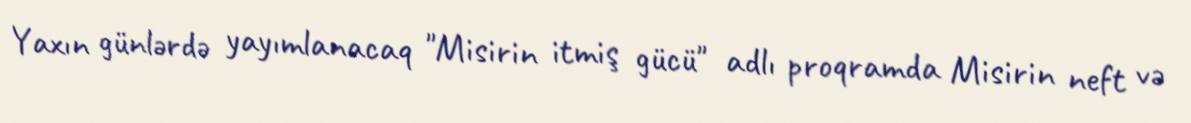
Yaxın günlərdə yayımlanacaq "Misirin itmiş gücü" adlı proqramda Misirin neft və